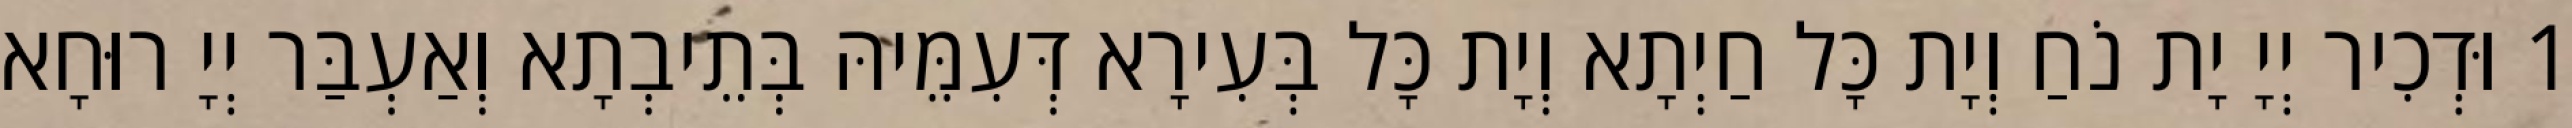
1 וּדְכִיר יְיָ יָת נֹחַ וְיָת כָּל חַיְתָא וְיָת כָּל בְּעִירָא דְּעִמֵּיהּ בְּתֵיבְתָא וְאַעְבַּר יְיָ רוּחָא